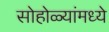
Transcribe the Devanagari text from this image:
सोहोळ्यांमध्ये